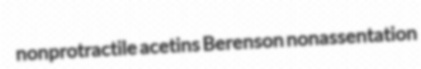
nonprotractile acetins Berenson nonassentation